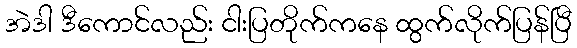
အဲဒါ ဒီကောင်လည်း ငါးပြတိုက်ကနေ ထွက်လိုက်ပြန်ပြီ